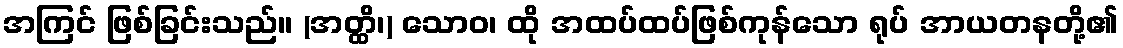
အကြင် ဖြစ်ခြင်းသည်။ (အတ္ထိ၊) သောဝ၊ ထို အထပ်ထပ်ဖြစ်ကုန်သော ရုပ် အာယတနတို့၏